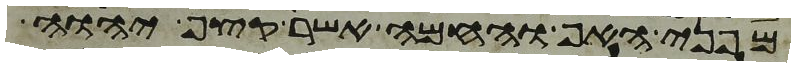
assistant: מפני האף והחמה אשר קצף יהוה